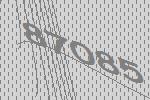
87085